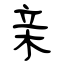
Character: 亲